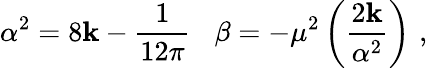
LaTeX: \alpha^{2}=8\mathbf{k}-\frac{{1}}{{12\pi}}\, \, \, \, \, \beta=-\mu^{2}\left(\frac{{2\mathbf{k}}}{{\alpha^{2}}}\right)\, \, ,